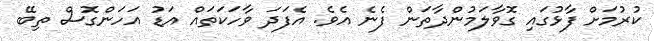
ކުރުމަށް ފާޅުގައި ގޮވާލަމުންދާތަން ފެނެ އެވެ. އެފަދަ ވާހަކަތައް އަޑު އަހަންގޮސް ތިބޭ